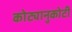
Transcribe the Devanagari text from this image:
कोट्यानुकोटी